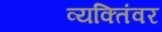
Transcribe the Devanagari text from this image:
व्यक्तिंवर